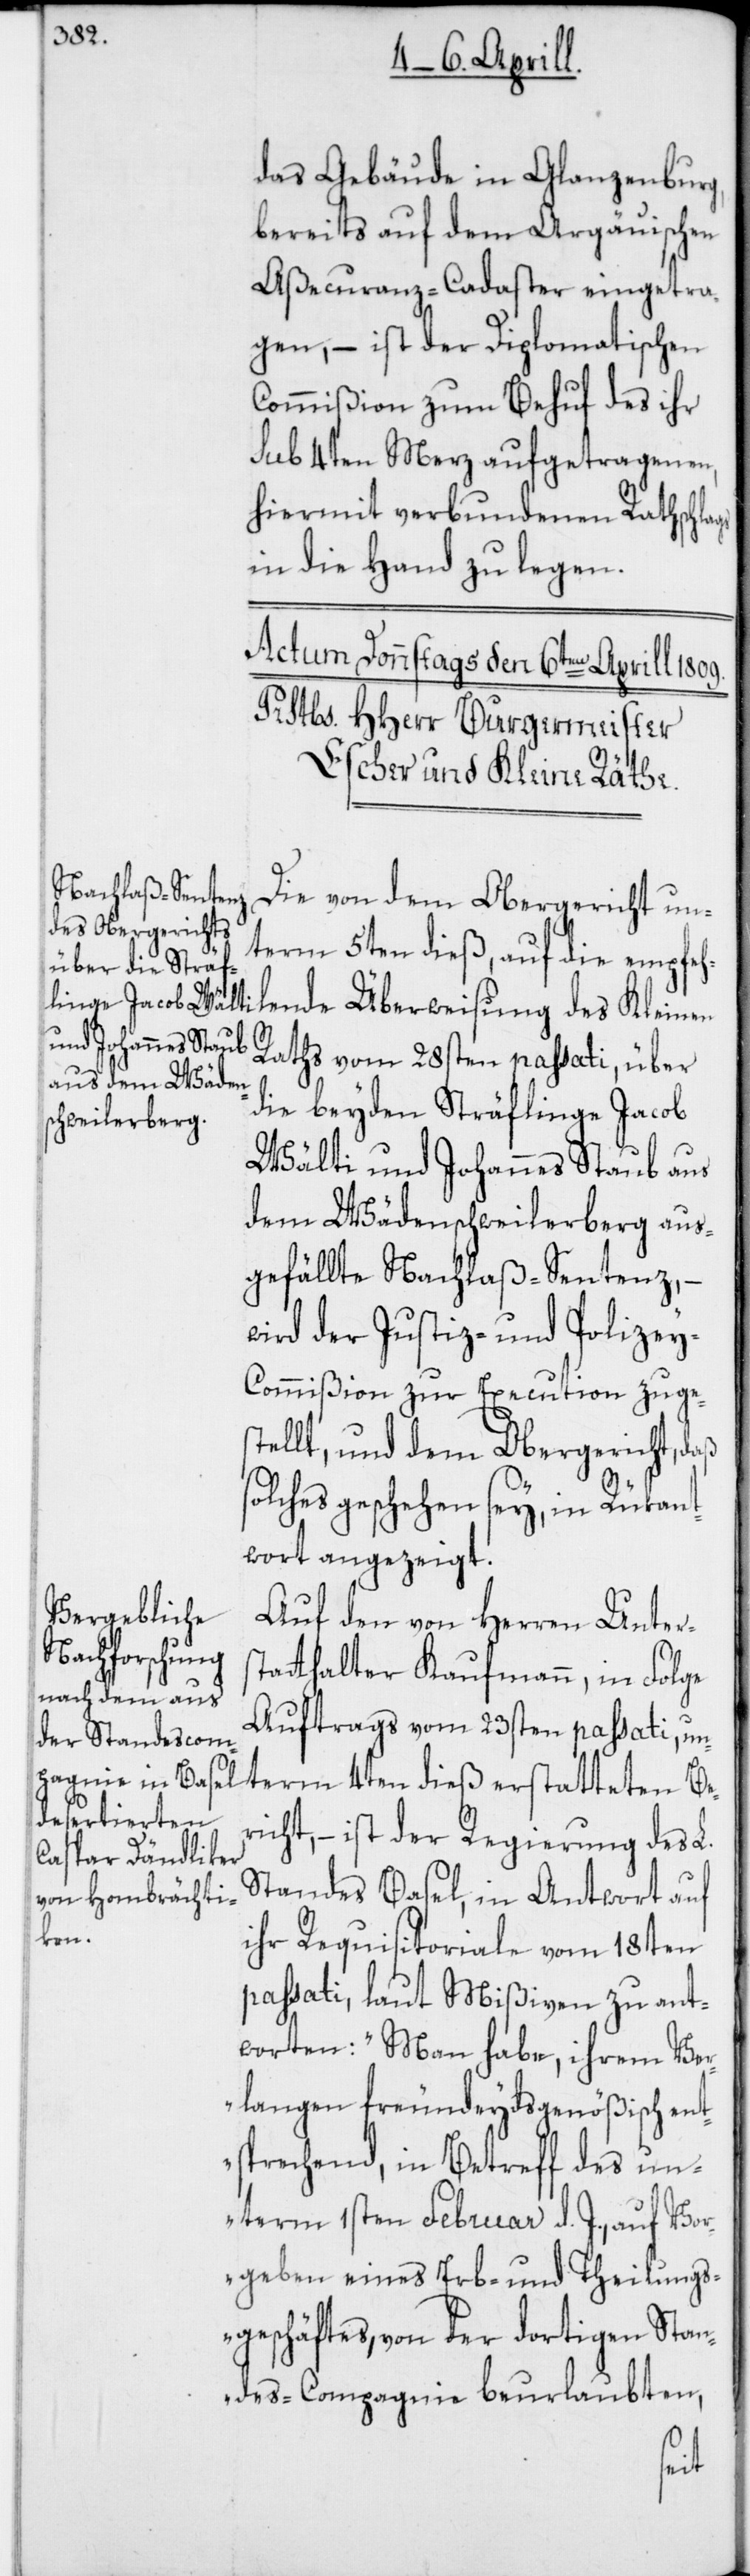
das Gebäude in Glanzenburg,
bereits auf dem Argauischen
Assecuranz-Cadaster eingetra¬
gen, – ist der Diplomatischen
Commißion zum Behuf des ihr
sub 4ten Merz aufgetragenen,
hiermit verbundenen Rathschlags
in die Hand zu legen.
Die von dem Obergericht un¬
term 5ten dieß, auf die empfeh¬
Raths vom 28sten passati, über
die beyden Sträflinge Jacob
Wälti und Johannes Staub aus
dem Wädenschweilerberg aus¬
gefällte Nachlaß-Sentenz, –
wird der Justiz- und Polize¬
y-Commißion zur Execution zuge¬
stellt, und dem Obergericht, daß
lches geschehen sey, in Rükant¬
wort angezeigt.
Auf den von Herren Unters¬
tatthalter Kaufmann, in Folge
Auftrags vom 23sten passati, un¬
term 4ten dieß erstatteten Be¬
richt, – ist der Regierung des L.
Standes Basel, in Antwort auf
lende
ihr Requisitoriale vom 18ten
passati, laut Mißiven zu ant¬
worten: „Man habe, ihrem Ver¬
langen freundeydsgenößisch ent¬
sprechend, in Betreff des un¬
term 1sten Februar d. J., auf Vor¬
geben eines Erb- und Theilungs¬
geschäftes, von der dortigen Stan¬
des-Compagnie beurlaubten,
so¬